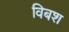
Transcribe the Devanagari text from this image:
विबश